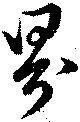
界